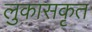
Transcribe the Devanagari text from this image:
लुकासकृत